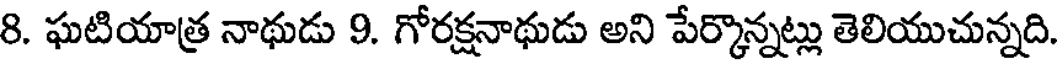
8. ఘటియాత్ర నాథుడు 9. గోరక్షనాథుడు అని పేర్కొన్నట్లు తెలియుచున్నది.